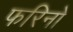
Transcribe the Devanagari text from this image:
फरिनो